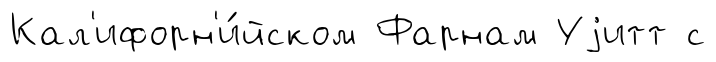
Кал'ифорн'и́йском Фарнам Уjитт с